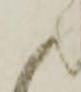
候